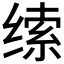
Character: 𰬱